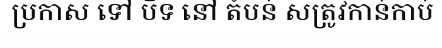
ប្រកាស ទៅ បិទ នៅ តំបន់ សត្រូវកាន់កាប់